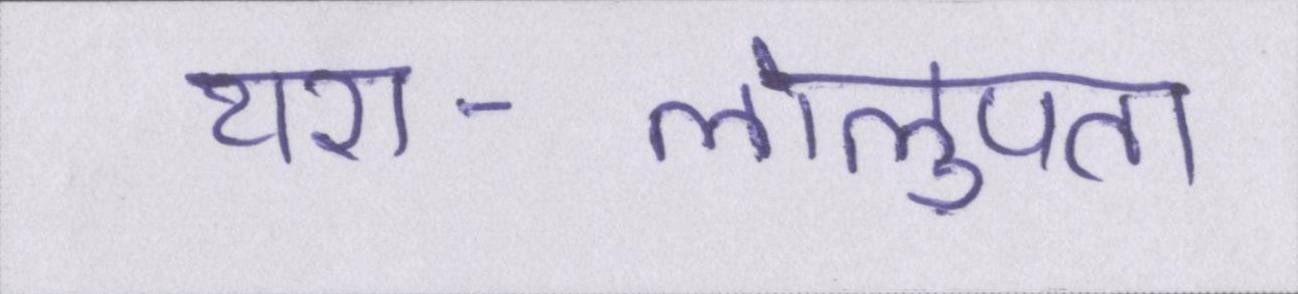
यश-लोलुपता